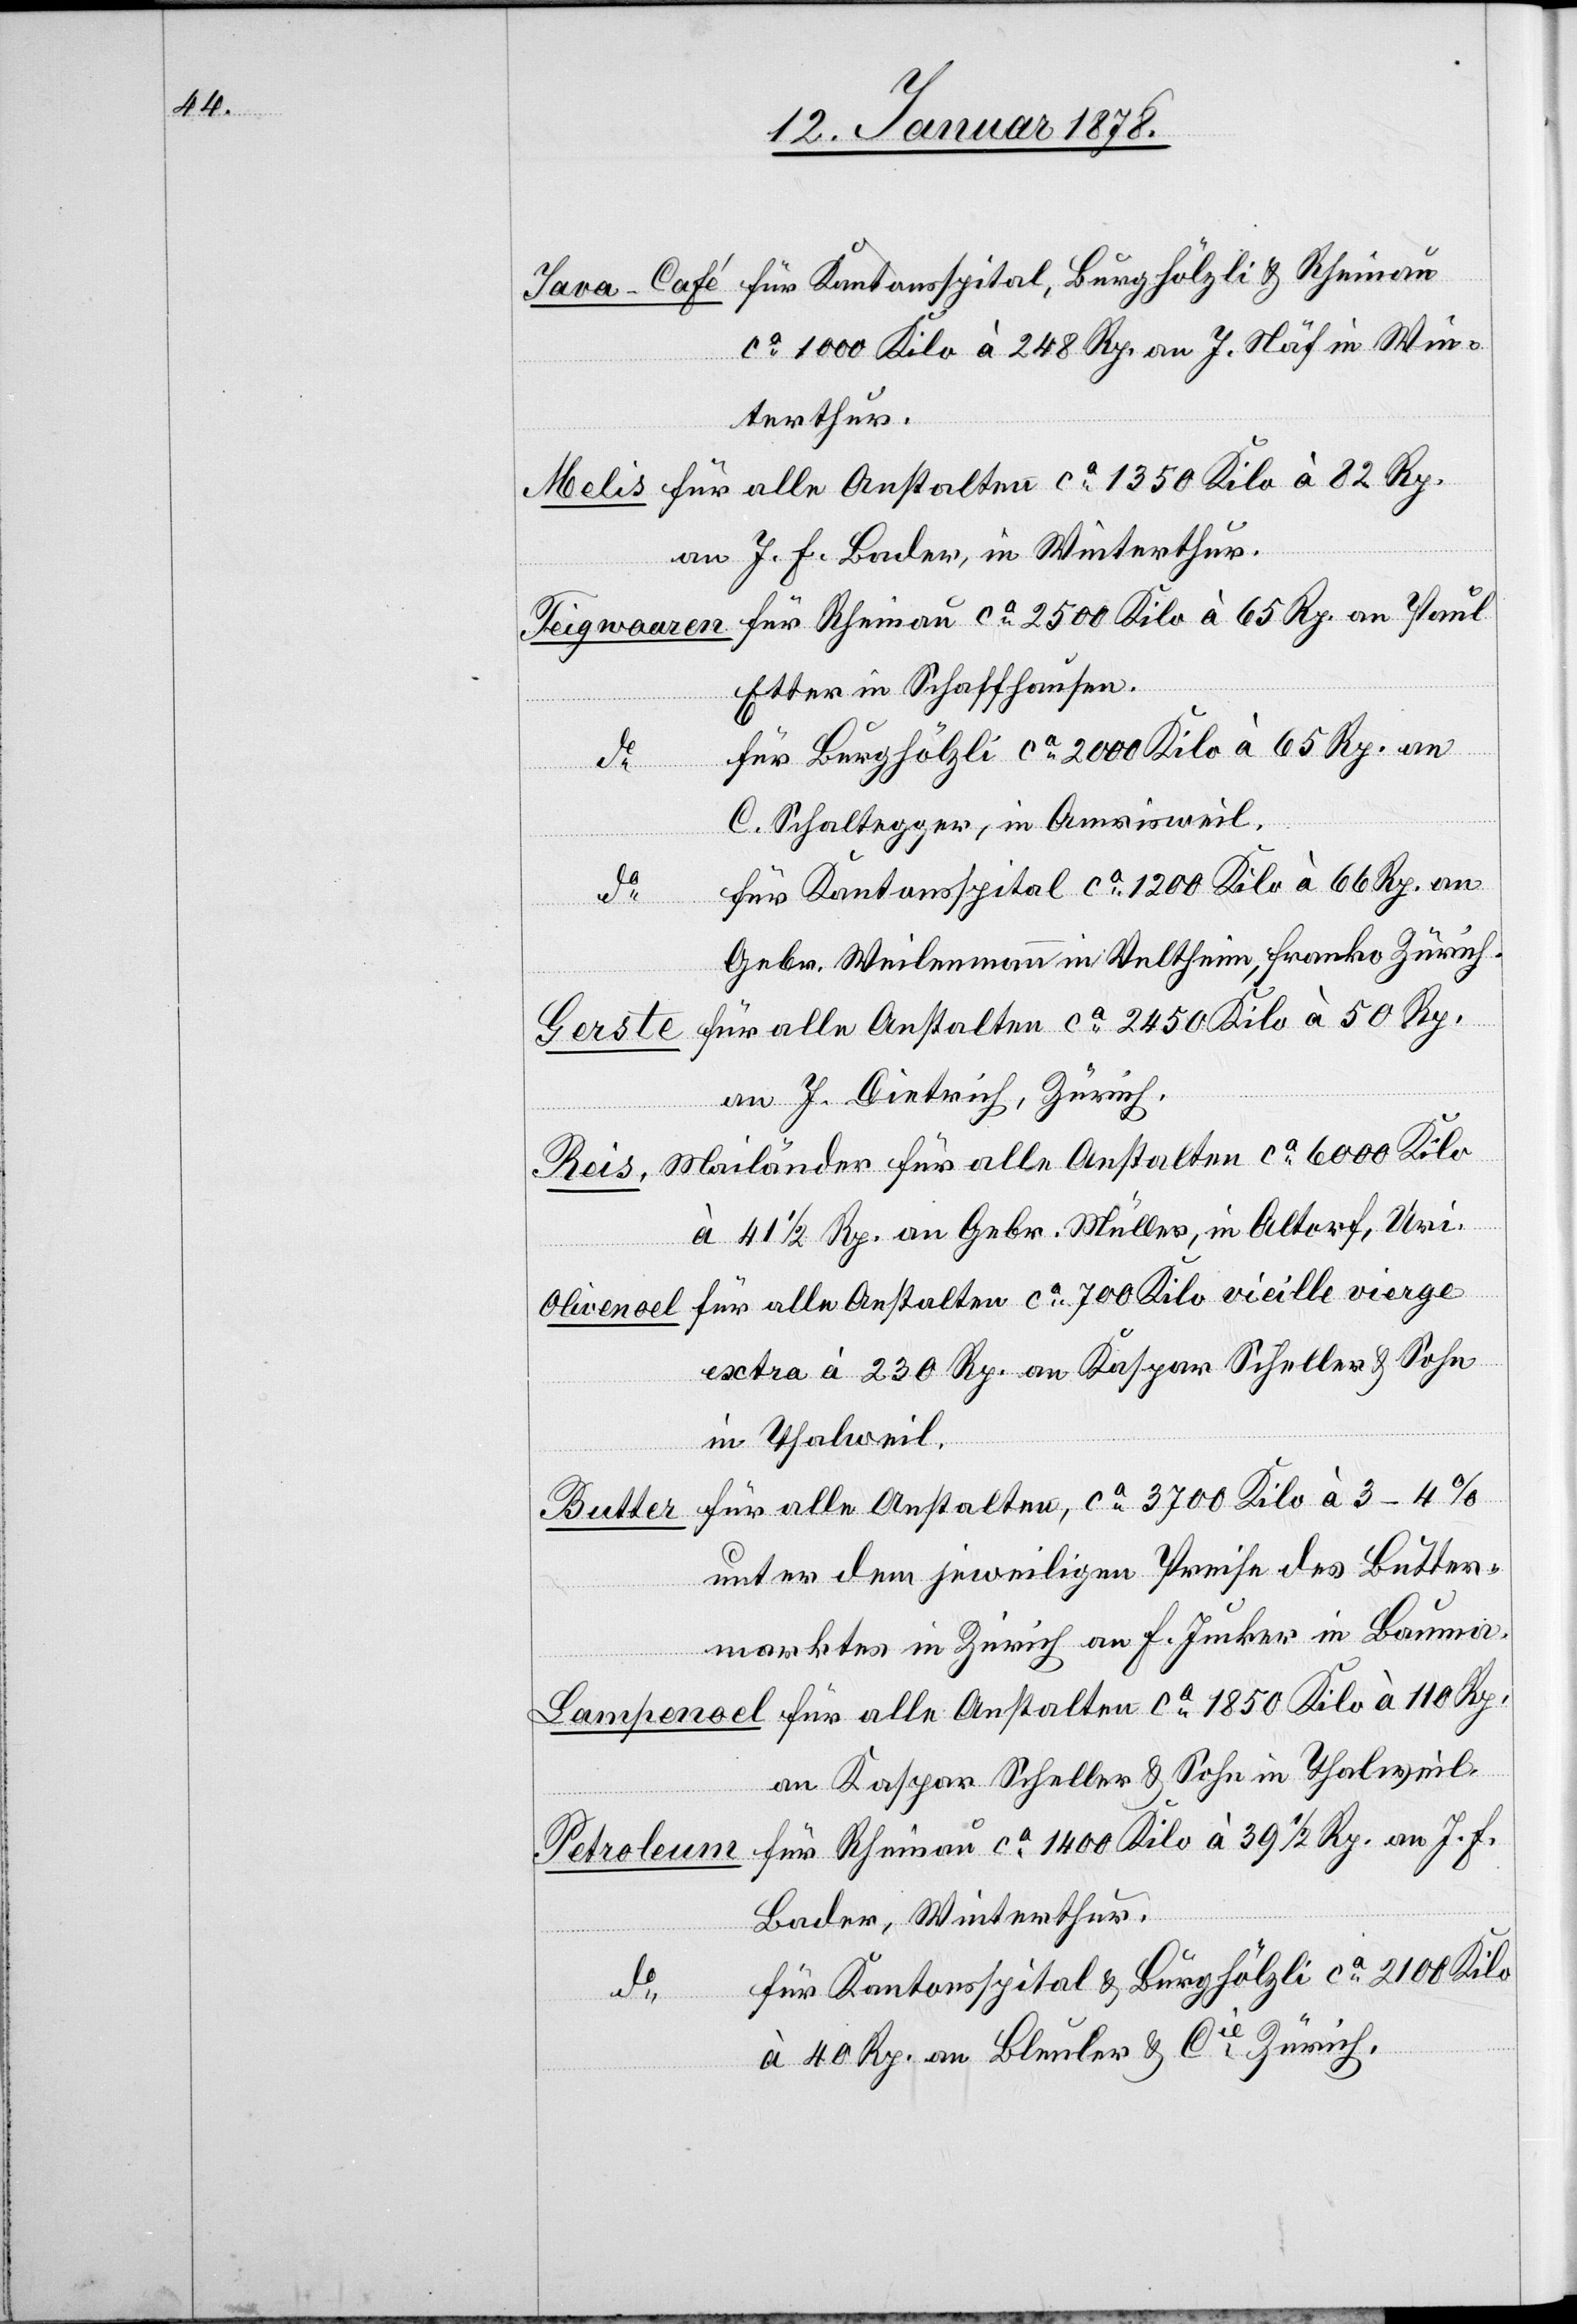
ca 1000 Kilo à 248 an J. Näf in Win¬
terthur.
für alle Anstalten ca 1350 Kilo à 28 Rp.
an J. F. Bader, in Winterthur.
für Rheinau ca 2500 Kilo à 65 Rp. an Paul
Rheinau ca
Etter in Schaffhausen.
für Burghölzli ca 2000 Kilo à 65 Rp. an
C. Schaltegger, in Amrisweil.
für Kantonsspital ca 1200 Kilo à 66 Rp. an
do
Rp.
Gebr. Weilenmann in Veltheim, franko Zürich.
für alle Anstalten ca 1850 Kilo à 110 Rp.
Kilo
an J. Dietrich, Zürich.
Mailänder für alle Anstalten ca 6000 Kilo
à 41 1/2 Rp. an Gebr. Müller, in Altorf, Uri.
für alle Anstalten ca 700 Kilo vieille vierge
extra à 230 Rp. an Kaspar Scheller & Sohn
in Thalweil.
für alle Anstalten, ca 3700 Kilo à 3–4%
Butter
unter dem jeweiligen Preise des Butter¬
marktes in Zürich an F. Jucker in Bauma.
an Kaspar Scheller & Sohn in Thalweil.
für Kantonsspital & Burghölzli ca 2100 Kil¬
o
à 40 Rp. an Bleuler & Cie Zürich.

nau